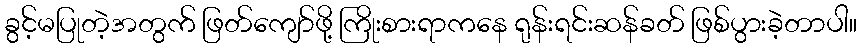
ခွင့်မပြုတဲ့အတွက် ဖြတ်ကျော်ဖို့ ကြိုးစားရာကနေ ရုန်းရင်းဆန်ခတ် ဖြစ်ပွားခဲ့တာပါ။